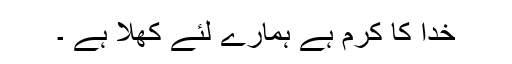
خدا کا کرم ہے ہمارے لئے کھلا ہے ۔